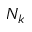
N _ { k }